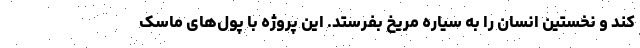
کند و نخستین انسان را به سیاره مریخ بفرستد. این پروژه با پول‌های ماسک